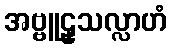
အဗ္ဗူဠှသလ္လာဟံ